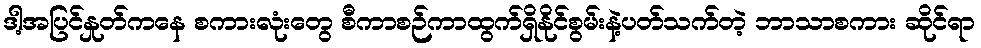
ဒါ့အပြင်နှုတ်ကနေ စကားလုံးတွေ စီကာစဉ်ကာထွက်ရှိနိုင်စွမ်းနဲ့ပတ်သက်တဲ့ ဘာသာစကား ဆိုင်ရာ